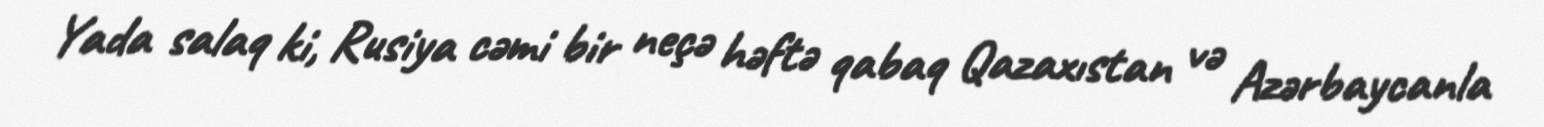
Yada salaq ki, Rusiya cəmi bir neçə həftə qabaq Qazaxıstan və Azərbaycanla